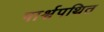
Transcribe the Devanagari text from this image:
पार्श्वपथित